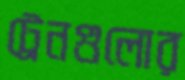
ট্রেনগুলোর